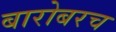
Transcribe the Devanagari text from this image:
बारोबरच